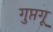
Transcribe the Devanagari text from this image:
गुप्तगू